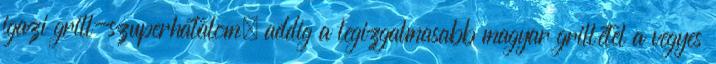
igazi grill-szuperhatalom, addig a legizgalmasabb magyar grillétel a vegyes